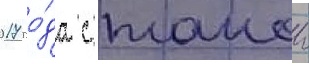
2017 го́да с такои